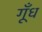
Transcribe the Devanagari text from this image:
गूँध